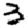
Digit: 3